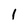
Character: 1